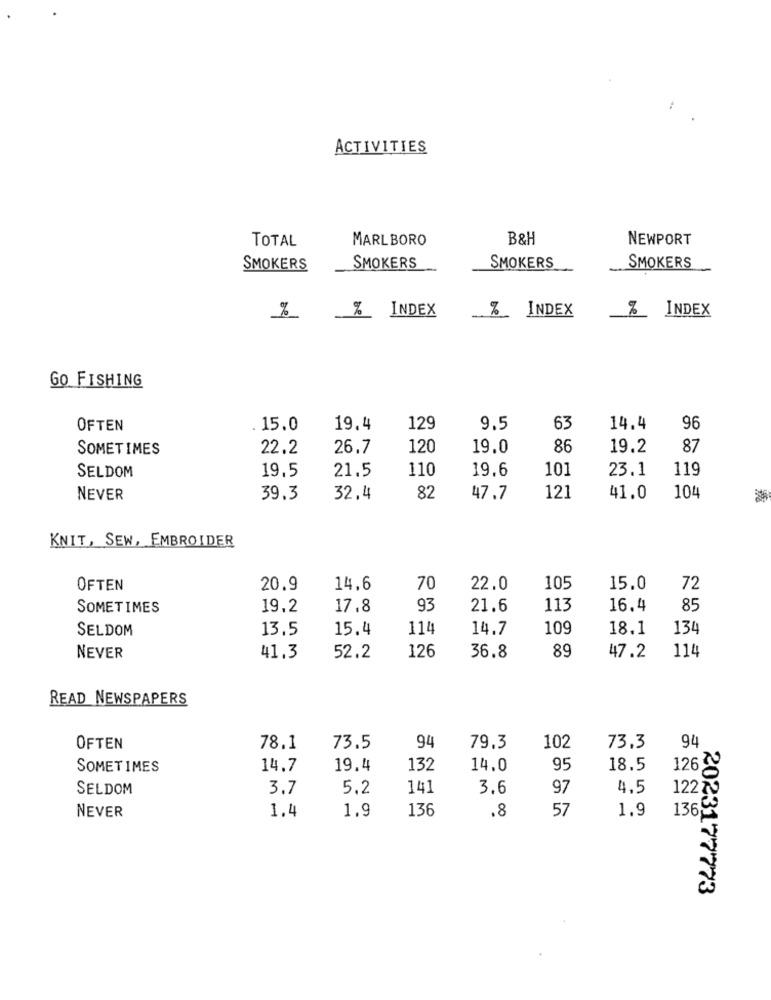
ACTIVITIES
TOTAL
MARLBORO
B&H
NEWPORT
SMOKERS
SMOKERS
SMOKERS
SMOKERS
% INDEX
% INDEX
% INDEX
%
GO FISHING
OFTEN
. 15.0
19.4
129
9.5
63
14.4
96
SOMETIMES
22.2
26.7
120
19.0
86
19.2
87
19.5
21.5
110
19,6
101
23.1
119
SELDOM
NEVER
39.3
32,4
82
47.7
121
41.0
104
KNIT, SEW, EMBROIDER
OFTEN
20.9
14.6
70
22.0
105
15.0
72
SOMETIMES
19.2
17.8
93
21.6
113
16.4
85
SELDOM
13.5
15.4
114
14.7
109
18.1
134
89
NEVER
41.3
52.2
126
36.8
47.2
114
READ NEWSPAPERS
OFTEN
78.1
73.5
94
79.3
102
73.3
94
SOMETIMES
14.7
19.4
132
14.0
95
18.5
126
SELDOM
3.7
5.2
141
3.6
97
4.5
1227
1.9
136
.8
57
1.9
136
NEVER
1.4
2023177773